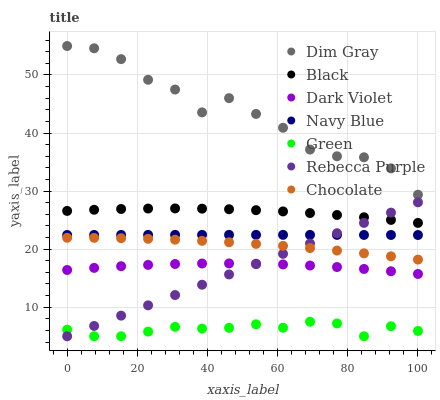
| xaxis_label | Dim Gray | Black | Dark Violet | Navy Blue | Green | Rebecca Purple | Chocolate |
 | --- | --- | --- | --- | --- | --- | --- | --- |
 | 0 | 55 | 26.6 | 16.4 | 22.4 | 6.13 | 5 | 22 |
 | 7.69 | 54.6 | 26.8 | 16.8 | 22.4 | 5 | 6.77 | 21.9 |
 | 15.4 | 52.7 | 26.9 | 17.1 | 22.5 | 5 | 8.55 | 21.9 |
 | 23.1 | 49.2 | 27 | 17.3 | 22.5 | 5.8 | 10.3 | 21.8 |
 | 30.8 | 47.5 | 27 | 17.4 | 22.5 | 6.62 | 12.1 | 21.6 |
 | 38.5 | 43.6 | 27 | 17.5 | 22.5 | 6.32 | 13.9 | 21.4 |
 | 46.2 | 46 | 26.9 | 17.5 | 22.5 | 6.45 | 15.6 | 21.2 |
 | 53.8 | 43.3 | 26.7 | 17.5 | 22.5 | 7.06 | 17.4 | 20.9 |
 | 61.5 | 40.9 | 26.5 | 17.4 | 22.5 | 6.47 | 19.2 | 20.6 |
 | 69.2 | 37.2 | 26.2 | 17.2 | 22.5 | 7.5 | 21 | 20.2 |
 | 76.9 | 36 | 25.9 | 16.9 | 22.5 | 7.2 | 22.7 | 19.8 |
 | 84.6 | 35.8 | 25.5 | 16.6 | 22.4 | 5 | 24.5 | 19.3 |
 | 92.3 | 33.9 | 25 | 16.2 | 22.4 | 6.73 | 26.3 | 18.8 |
 | 100 | 29.4 | 24.5 | 15.7 | 22.4 | 5.91 | 28.1 | 18.2 |